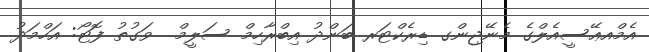
އެމްއޢޭސީއެލްގެ މެނޭޖިންގ ޑިރެކްޓަރ ބަންދު އިބްރާހިމް ސަލީމް  ވަގުތު ފޮޓޯ: އަހްމަދު